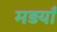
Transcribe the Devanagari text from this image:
मड़याँ